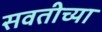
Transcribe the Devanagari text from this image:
सवतीच्या